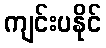
ကျင်းပနိုင်